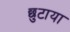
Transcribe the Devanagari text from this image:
छुटाया